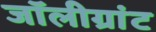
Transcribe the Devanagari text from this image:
जॉलीग्रांट